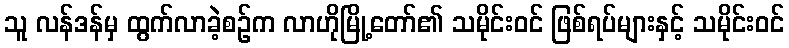
သူ လန်ဒန်မှ ထွက်လာခဲ့စဉ်က လာဟိုမြို့တော်၏ သမိုင်းဝင် ဖြစ်ရပ်များနှင့် သမိုင်းဝင်